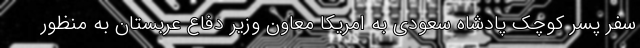
سفر پسر کوچک پادشاه سعودی به امریکا معاون وزیر دفاع عربستان به منظور